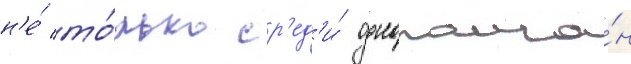
н'е́ то́лько ср'ед'и́ однополча́н